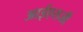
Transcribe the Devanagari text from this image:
आईएसजी